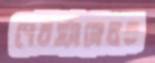
পেরহ্যামেরব